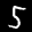
Label: 5